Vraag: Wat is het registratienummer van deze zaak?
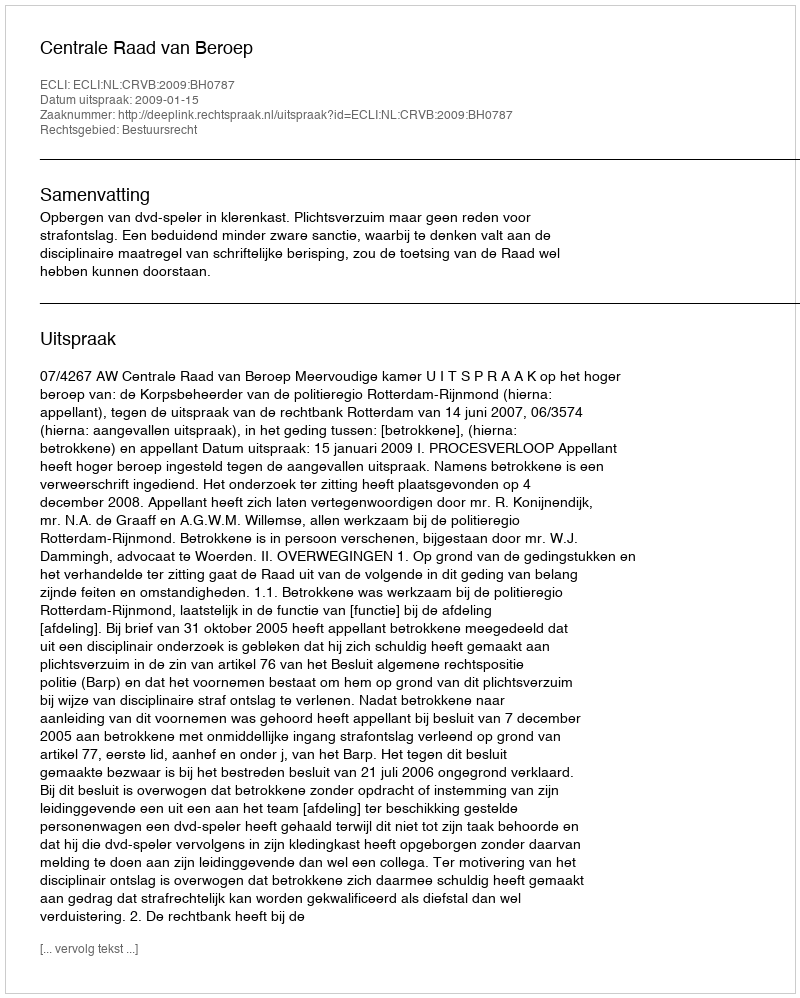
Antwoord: http://deeplink.rechtspraak.nl/uitspraak?id=ECLI:NL:CRVB:2009:BH0787